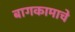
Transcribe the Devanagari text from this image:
बागकामाचे